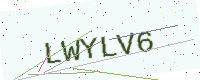
Text: LWYLV6